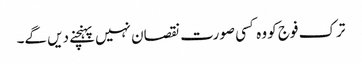
ترک فوج کو وہ کسی صورت نقصان نہیں پہنچنے دیں گے۔